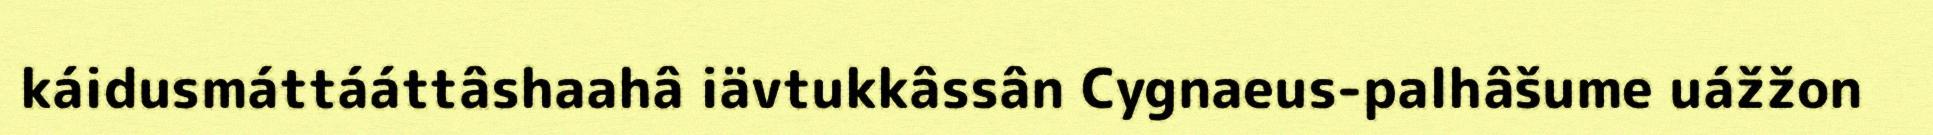
káidusmáttááttâshaahâ iävtukkâssân Cygnaeus-palhâšume uážžon